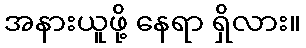
အနားယူဖို့ နေရာ ရှိလား။